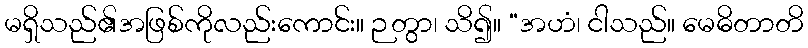
မရှိသည်၏အဖြစ်ကိုလည်းကောင်း။ ဉတွာ၊ သိ၍။ “အဟံ၊ ငါသည်။ မေဓိတာတိ